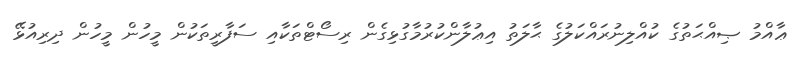
ޢާއްމު ޞިއްޙަތުގެ ކުއްލިނުރައްކަލުގެ ޙާލަތު އިޢުލާންކުރުމާގުޅިގެން ރިސޯޓްތަކާއި ސަފާރީތަކުން މީހުން މީހުން ދިރިއުޅޭ